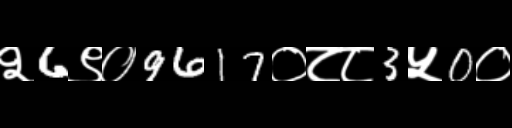
Text: २6९०9617०८८3५0०